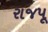
રાજપૂ